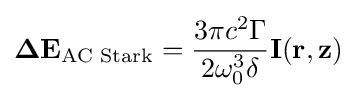
\mathbf {\Delta E} _{\text{AC Stark}}={\frac {3\pi c^{2}\Gamma }{2\omega _{0}^{3}\delta }}\mathbf {I(r,z)}